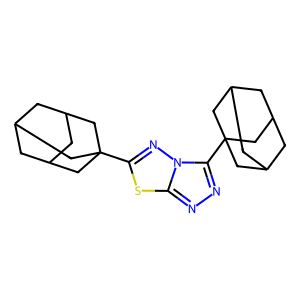
SMILES: C1C2CC3CC1CC(c1nn4c(C56CC7CC(CC(C7)C5)C6)nnc4s1)(C2)C3
Inhibits HIV replication: No